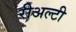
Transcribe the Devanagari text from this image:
रीअल्टी